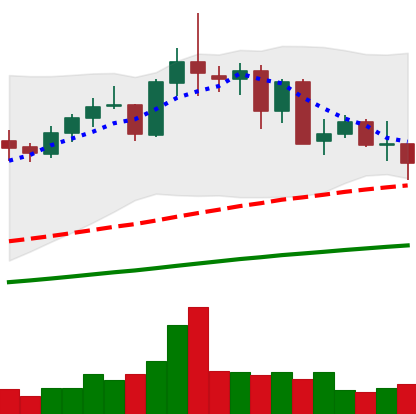
Ticker: NEO-USD
Chart end date: 2021-05-17
Forward return: -40.088%
Label: down_7plus